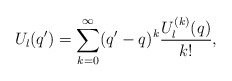
\begin{align*} U_l(q')= \sum_{k=0}^{\infty} (q'-q)^k \frac{U_l^{(k)}(q)}{k!},\end{align*}